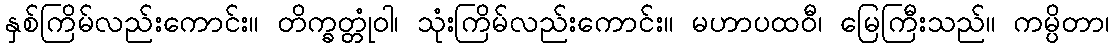
နှစ်ကြိမ်လည်းကောင်း။ တိက္ခတ္တုံဝါ၊ သုံးကြိမ်လည်းကောင်း။ မဟာပထဝီ၊ မြေကြီးသည်။ ကမ္ပိတာ၊